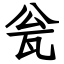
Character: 瓮